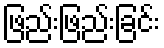
ဖြည်းဖြည်းခြင်း